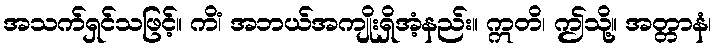
အသက်ရှင်သဖြင့်။ ကိံ၊ အဘယ်အကျိုးရှိအံ့နည်း။ ဣတိ၊ ဤသို့။ အတ္တာနံ၊